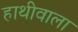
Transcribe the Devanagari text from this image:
हाथीवाला